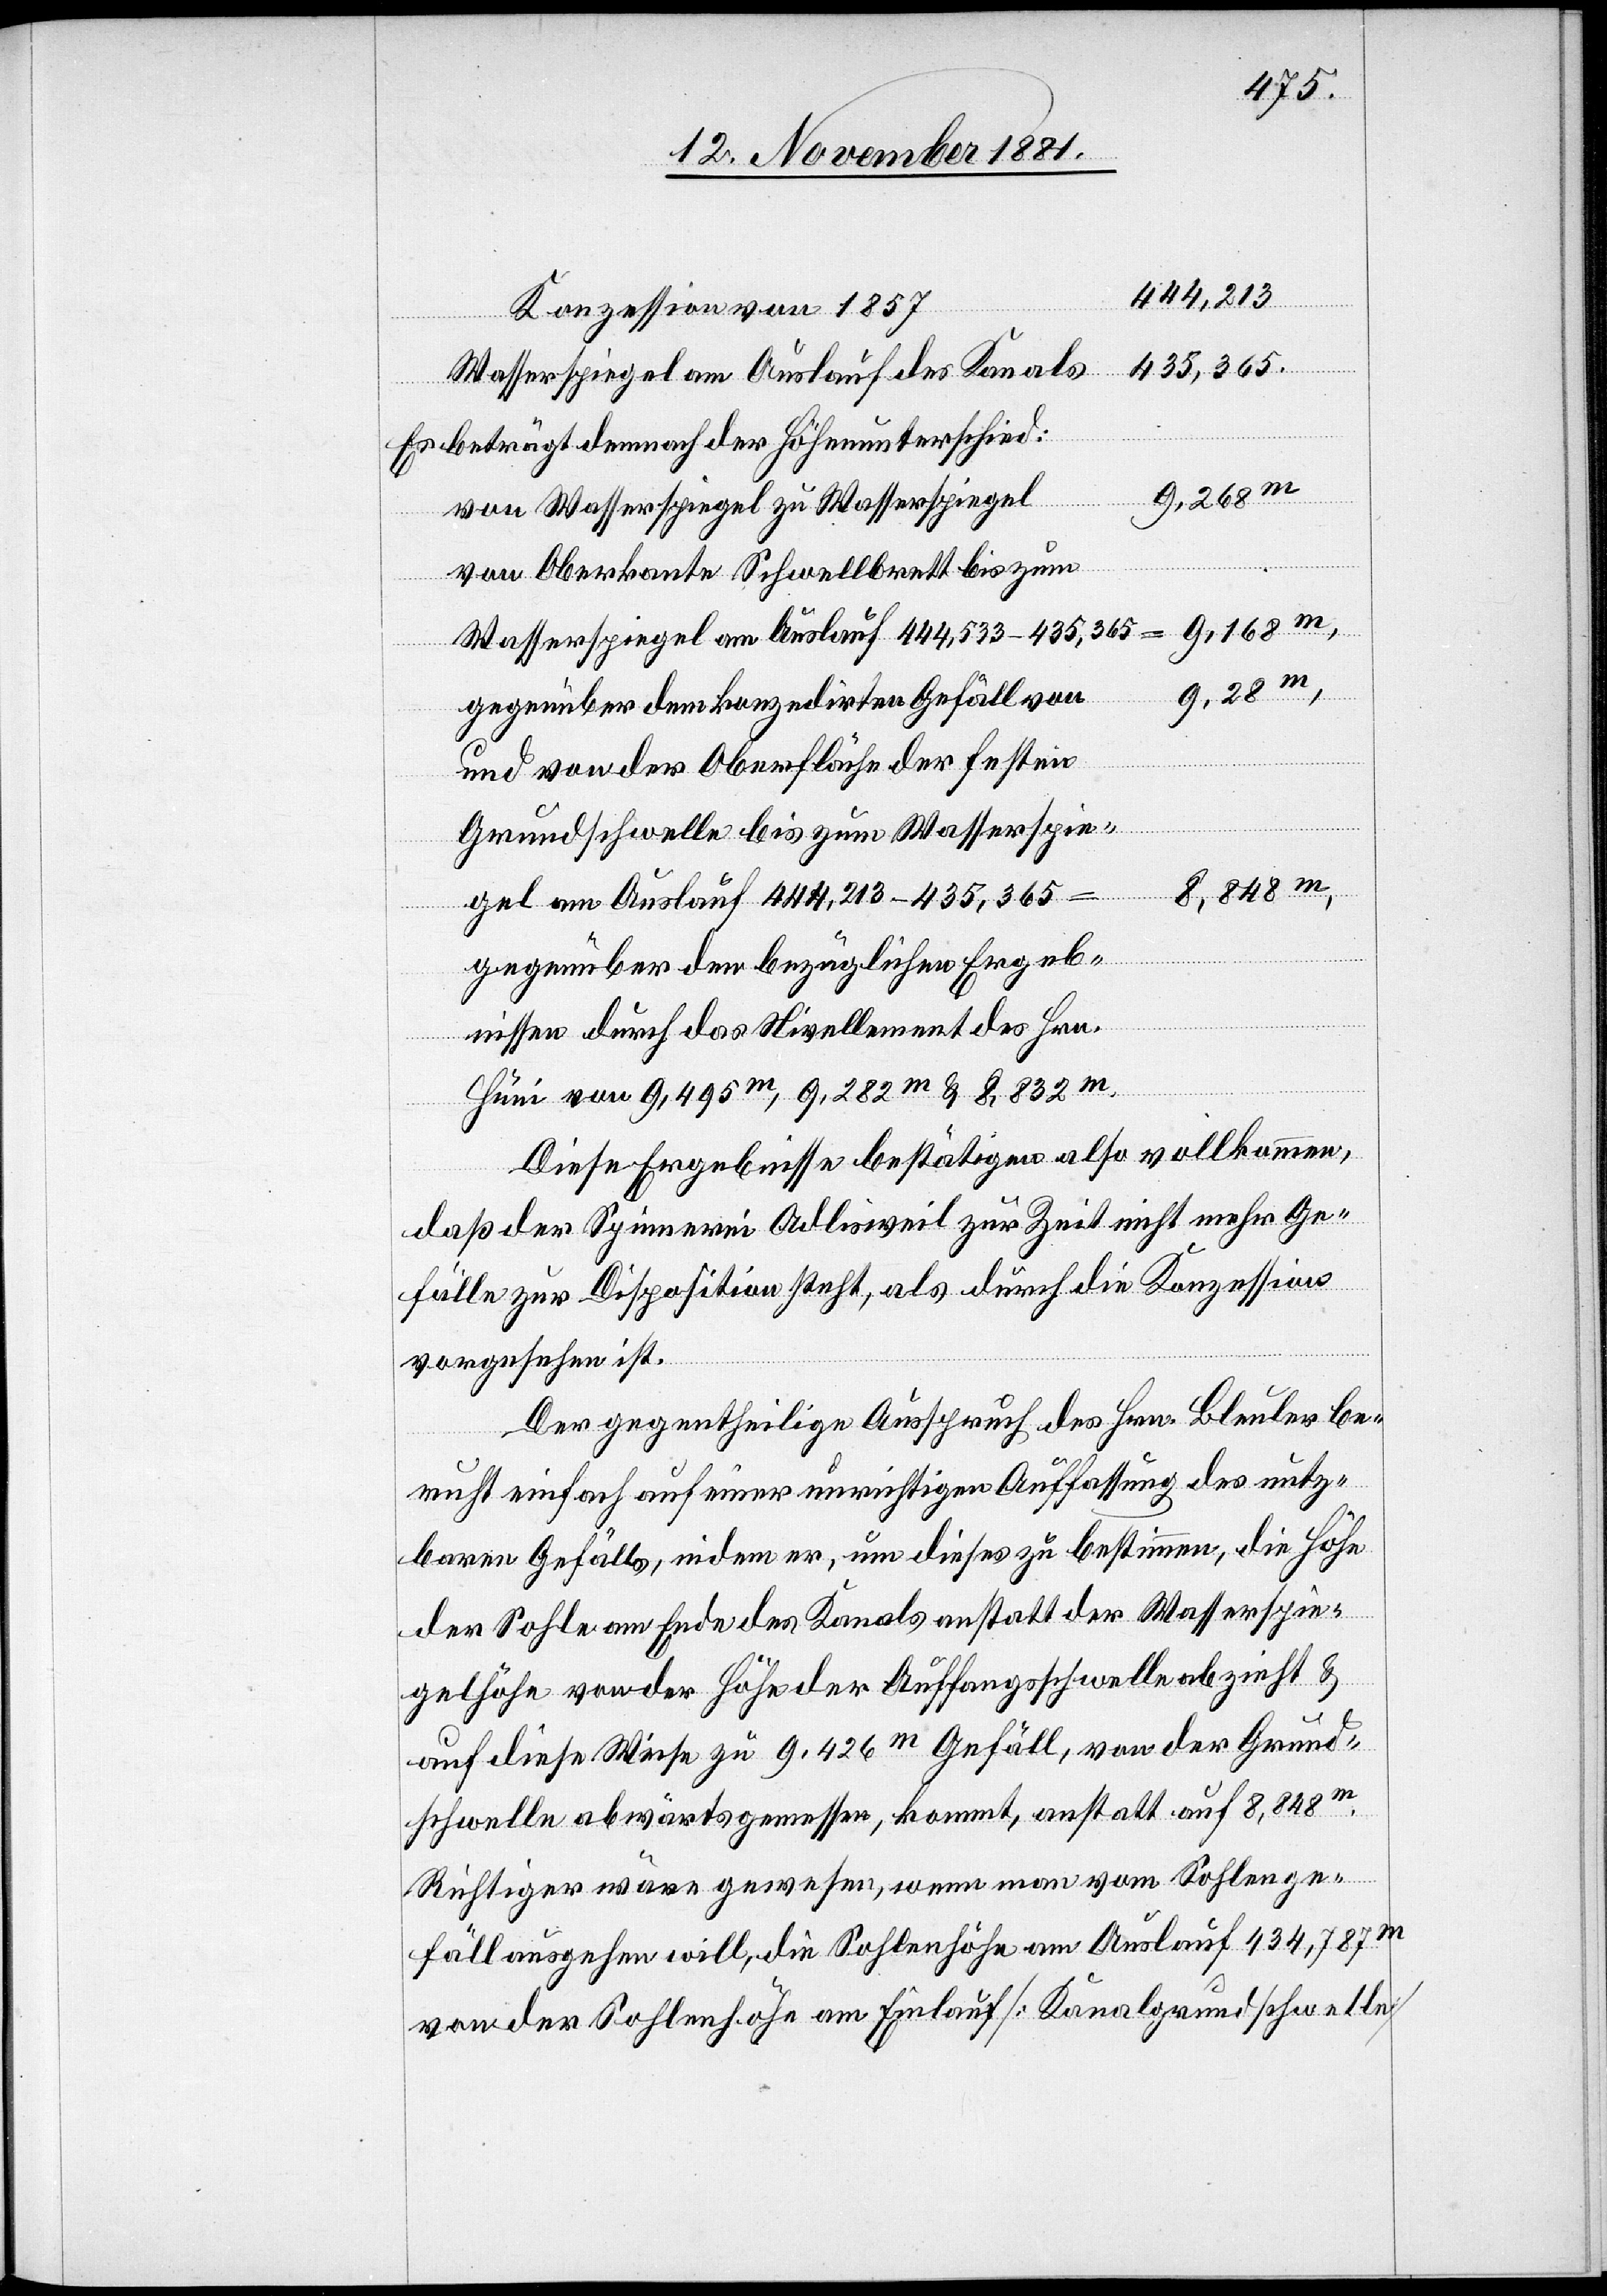
Wasserspiegel am Auslauf des Kanal¬
Es beträgt demnach der Höhenunterschied:
von Oberkante Schwellbrett bis zum
Wasserspiegel am Auslauf 444,533–435,365 =	9,168m,
gegenüber dem konzedirten Gefäll
und von der Oberfläche der festen
Grundschwelle bis zum Wasserspie¬
8,832m.
von
gegenüber den bezüglichen Ergeb¬
nissen durch das Nivellement des Hrn.
Diese Ergebnisse bestätigen also vollkommen,
daß der Spinnerei Adlisweil zur Zeit nicht mehr Ge¬
fälle zur Disposition steht, als durch die Konzession
vorgesehen ist.
Der gegentheilige Ausspruch des Hrn. Bleuler be¬
ruht einfach auf einer unrichtigen Auffassung des nutz¬
baren Gefälls, indem er, um dieses zu bestimmen, die Höhe
der Pohle am Ende des Kanals anstatt der Wasserspie¬
gelhöhe von der Höhe der Auffangsschwelle abzieht &
auf diese Weise zu 9,426m Gefäll, von der Grund¬
schwelle abwärts gemessen, kommt, anstatt auf 8,848m.
Richtiger wäre gewesen, wenn man vom Sohlenge¬
fäll ausgehen will, die Sohlenhöhe am Auslauf 434,787m
von der Sohlenhöhe am Einlauf [Kanalgrundschwelle]